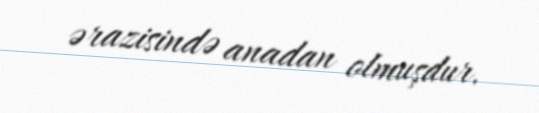
ərazisində anadan olmuşdur.